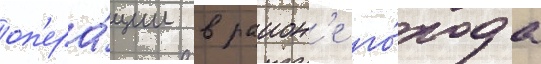
оп'ера́ции в раион'е го́рода